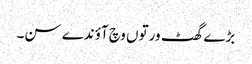
بڑے گھٹ ورتوں وچ آؤندے سن۔